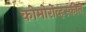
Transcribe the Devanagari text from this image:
कोमोरोव्हस्कीने